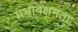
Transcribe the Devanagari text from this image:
प्रभावक्षमता